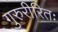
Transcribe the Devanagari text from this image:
गुरुरीरितः